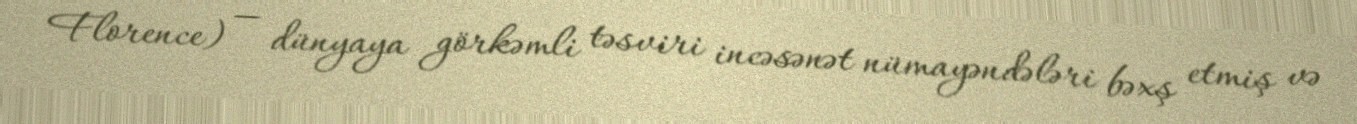
Florence) — dünyaya görkəmli təsviri incəsənət nümayəndələri bəxş etmiş və